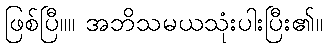
ဖြစ်ပြီ။။ အဘိသမယသုံးပါးပြီး၏။